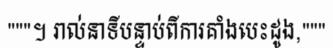
"""។ រាល់នាទីបន្ទាប់ពីការគាំងបេះដូង,"""